Jaan_Tonisson_(Lasteleht), lk 193
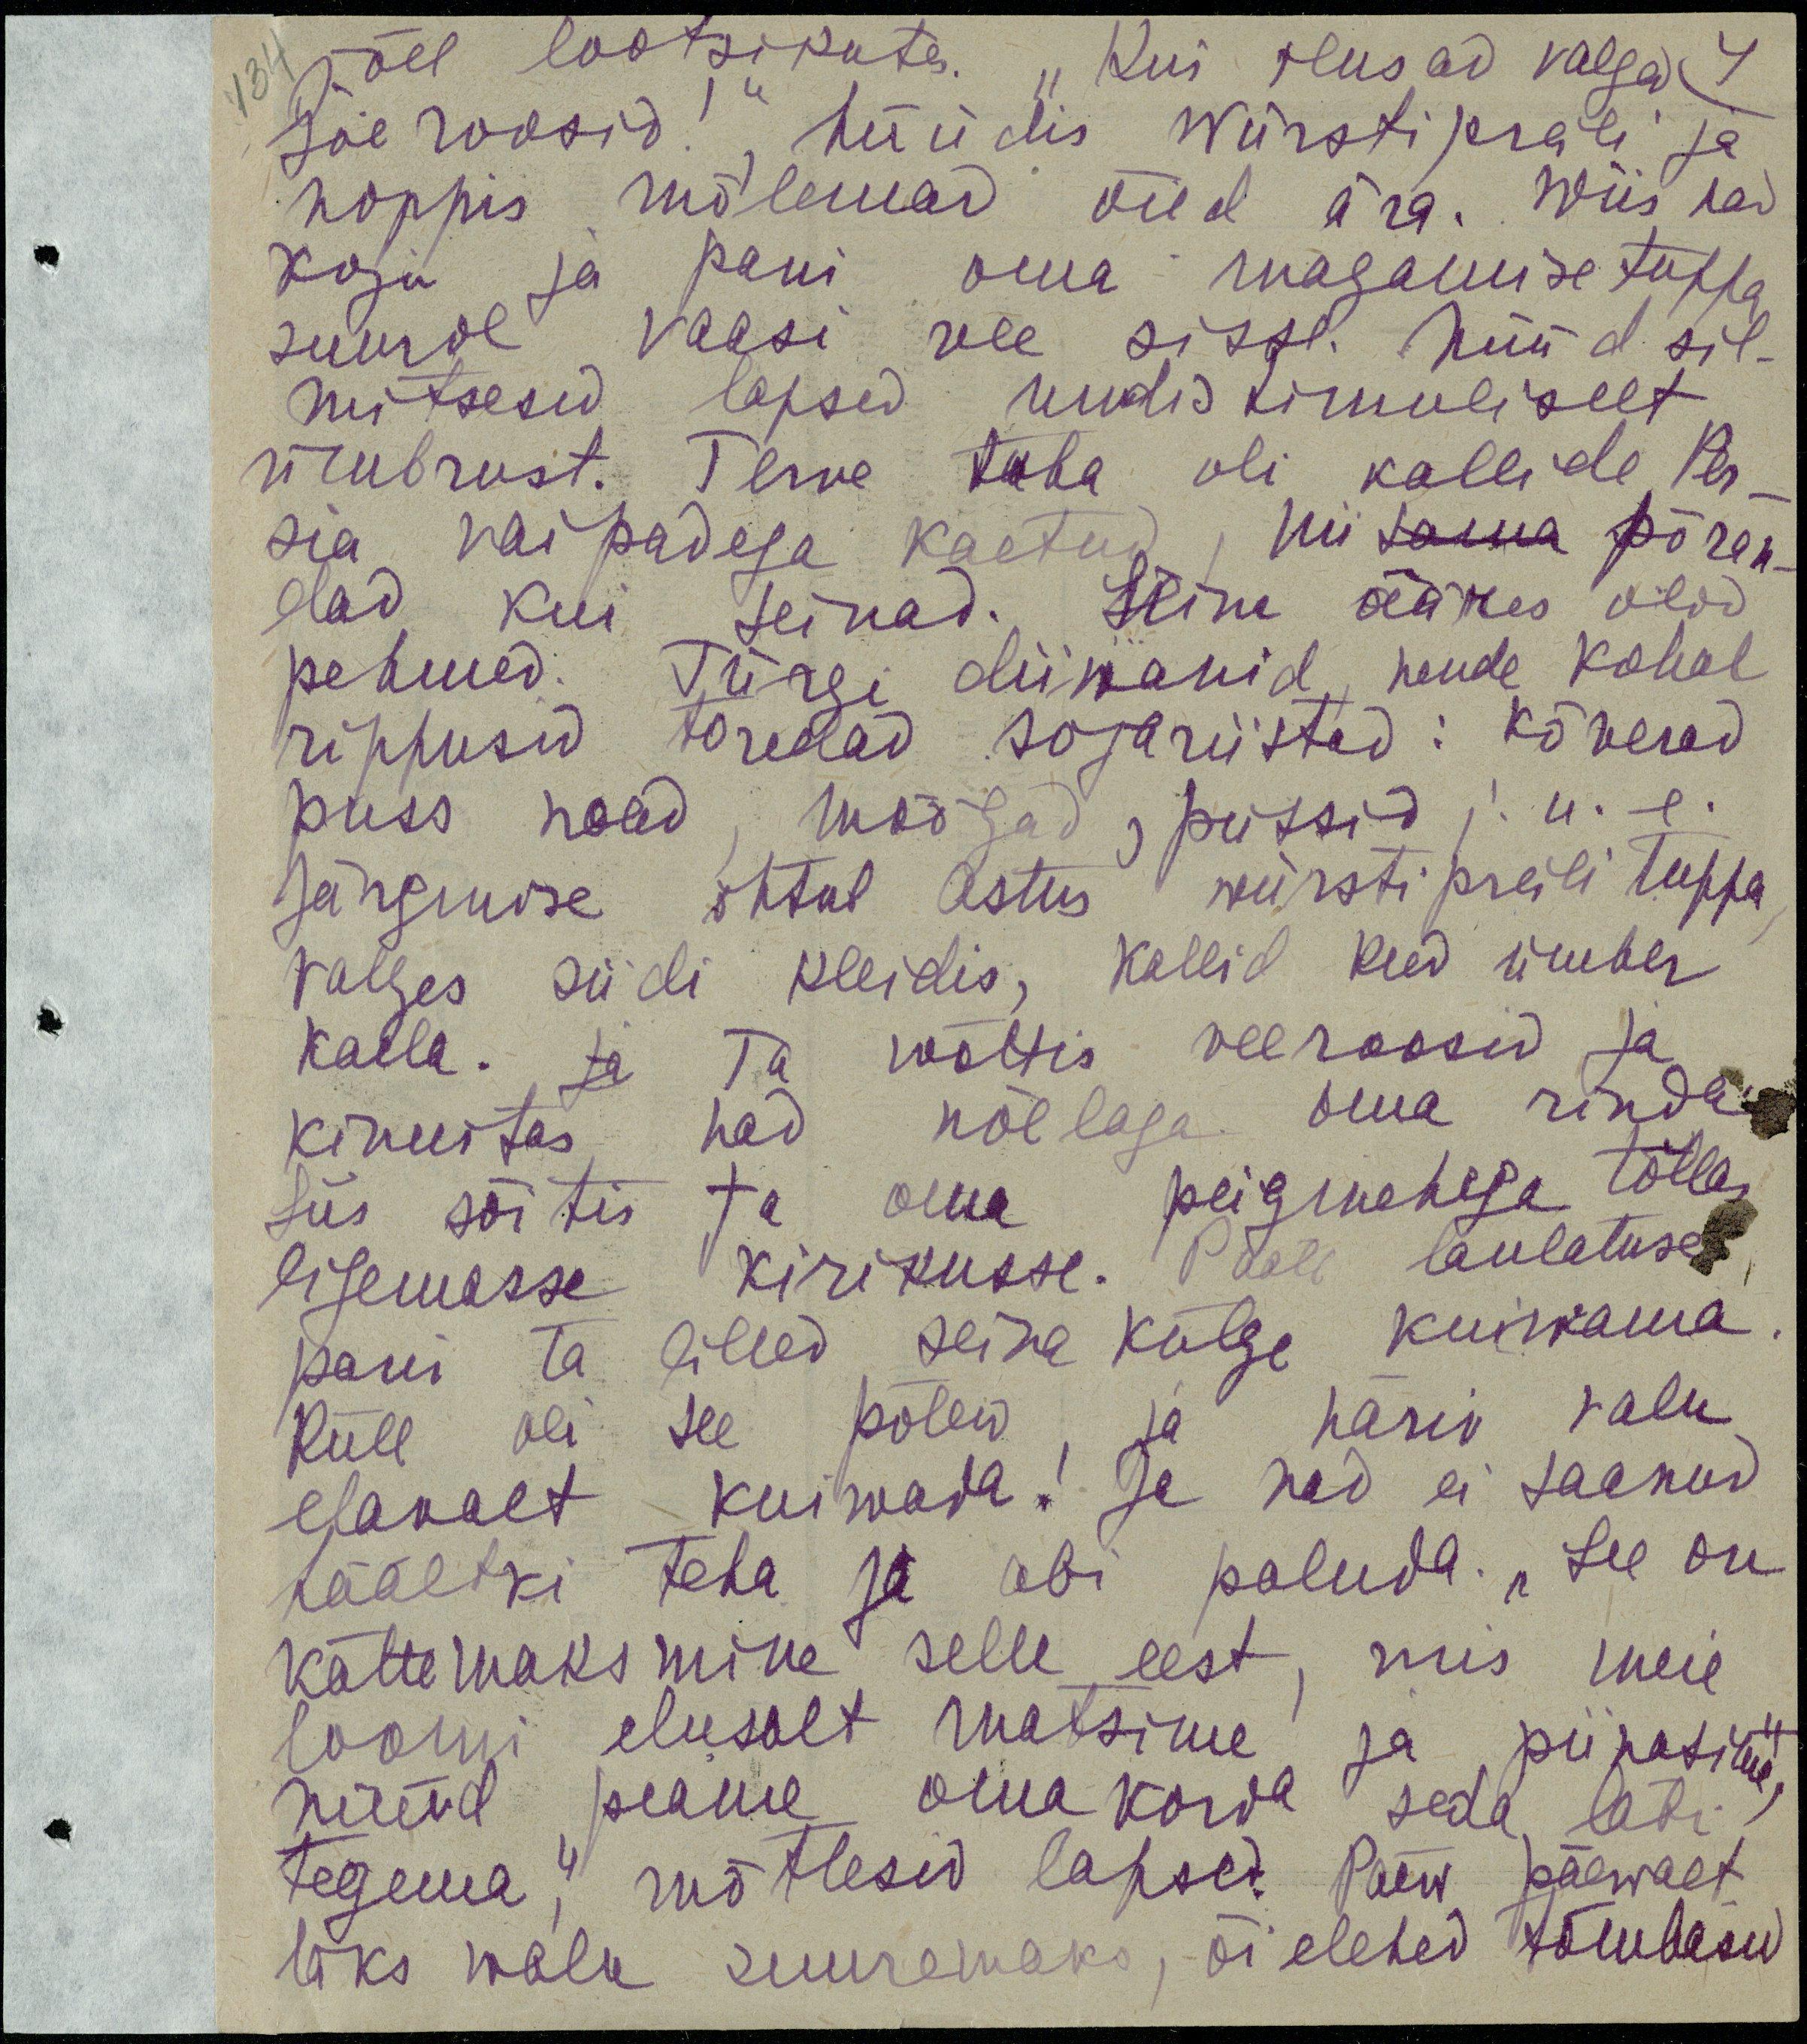
134 jõel lootsikutes "Kui ilusad valed 4
jõe roosid!" hüüdis würstipreili ja
noppis mõlemad õied ära. Wiis ka
koju ja pani oma magamisetuppa
suure vaasi üle sisse. Nüüd sil-
mitsesid lapsed uudishimulikult
ümbrust. Terve tuba oli kallide Per-
sia vaipadega kaetud, nii sama põran-
dad kui seinad. Seina ääres olev 
pehmed Türgi diiwanid nende kohal
rippusid toredad sojariistad: kõverad
puss noad, mõõgad, pussid j.n.e
järgmisel õhtul astus vürstipreili tuppa
valges siidi kleidis, kallid keed ümber
kaela ja ta wõttis veeroosid ja
kinnistas nad nõelaga oma rinda
siis sõitis ta oma peigmehega tõllas
lähimasse kirikusse. Paale laulatuse
pani ta lilled seina külge kuivama
Küll oli see põlew ja hariv valu
elavalt kuivada! Ja nad ei saanud
häältki teha ja abi paluda. "See on
kättemaksmine selle eesti, mis meie
loomi elusalt matsime ja piinasime
nüüd peame oma korda seda läbi
tegema" mõtlesid lapsed. Paew päewalt
läks walu suuremaks, õielehed tõmbasid